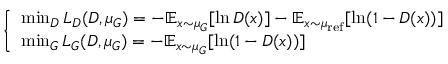
{ \left\{ \begin{array} { l l } { \operatorname* { m i n } _ { D } L _ { D } ( D , \mu _ { G } ) = - \mathbb { E } _ { x \sim \mu _ { G } } [ \ln D ( x ) ] - \mathbb { E } _ { x \sim \mu _ { \mathrm { r e f } } } [ \ln ( 1 - D ( x ) ) ] } \\ { \operatorname* { m i n } _ { G } L _ { G } ( D , \mu _ { G } ) = - \mathbb { E } _ { x \sim \mu _ { G } } [ \ln ( 1 - D ( x ) ) ] } \end{array} \right. }